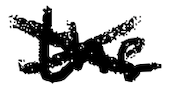
Text: the
Cross-out: cross
Writing tool: digital_black